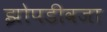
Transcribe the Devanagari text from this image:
झोपडीवजा